Civil Veterinary Department. Madras. Admin. report 1926-33 - 1926-1933
Year: 1926
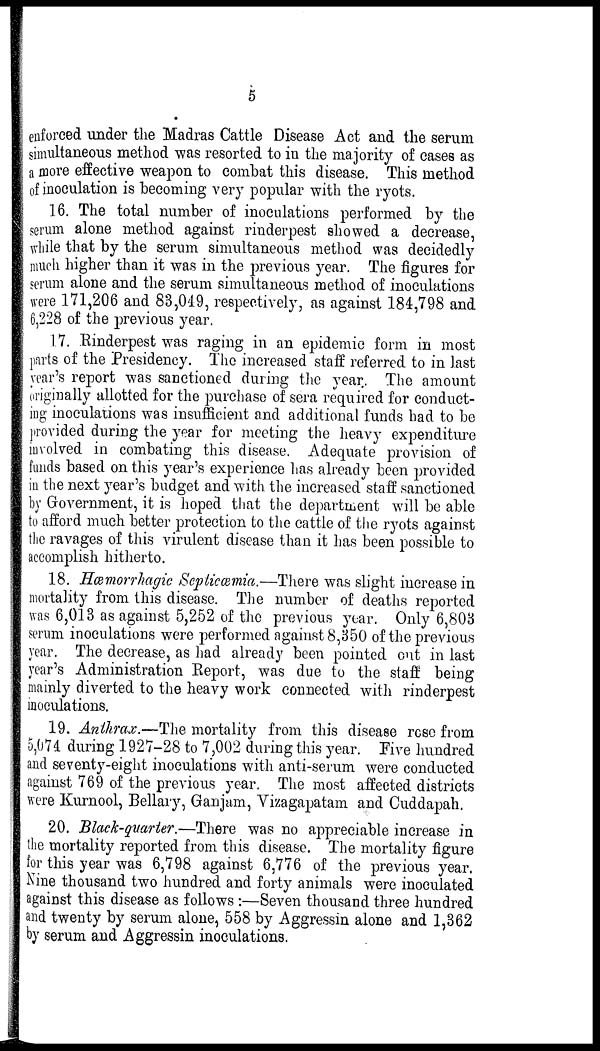
5
enforced under the Madras Cattle Disease Act and the serum
simultaneous method was resorted to in the majority of cases as
a more effective weapon to combat this disease. This method
of inoculation is becoming very popular with the ryots.
16. The total number of inoculations performed by the
serum alone method against rinderpest showed a decrease,
while that by the serum simultaneous method was decidedly
much higher than it was in the previous year. The figures for
serum alone and the serum simultaneous method of inoculations
were 171,206 and 83,049, respectively, as against 184,798 and
6,228 of the previous year.
17. Rinderpest was raging in an epidemic form in most
parts of the Presidency. The increased staff referred to in last
year's report was sanctioned during the year. The amount
originally allotted for the purchase of sera required for conduct-
ing inoculations was insufficient and additional funds had to be
provided during the year for meeting the heavy expenditure
involved in combating this disease. Adequate provision of
funds based on this year's experience has already been provided
in the next year's budget and with the increased staff sanctioned
by Government, it is hoped that the department will be able
to afford much better protection to the cattle of the ryots against
the ravages of this virulent disease than it has been possible to
accomplish hitherto.
18. Hæmorrhagic Septicæmia.—There was slight increase in
mortality from this disease. The number of deaths reported
was 6,013 as against 5,252 of the previous year. Only 6,803
serum inoculations were performed against 8,350 of the previous
year. The decrease, as had already been pointed out in last
year's Administration Report, was due to the staff being
mainly diverted to the heavy work connected with rinderpest
inoculations.
19. Anthrax.—The mortality from this disease rose from
5,074 during 1927-28 to 7,002 during this year. Five hundred
and seventy-eight inoculations with anti-serum were conducted
against 769 of the previous year. The most affected districts
were Kurnool, Bellary, Ganjam, Vizagapatam and Cuddapah.
20. Black-quarter.—There was no appreciable increase in
the mortality reported from this disease. The mortality figure
for this year was 6,798 against 6,776 of the previous year.
Nine thousand two hundred and forty animals were inoculated
against this disease as follows :—Seven thousand three hundred
and twenty by serum alone, 558 by Aggressin alone and 1,362
by serum and Aggressin inoculations.